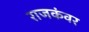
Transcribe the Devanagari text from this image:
राजकंवर